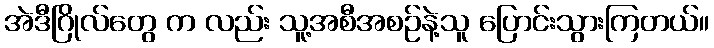
အဲဒီဂြိုလ်တွေ က လည်း သူ့အစီအစဉ်နဲ့သူ ပြောင်းသွားကြတယ်။